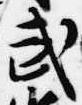
武